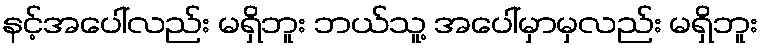
နင့်အပေါ်လည်း မရှိဘူး ဘယ်သူ့ အပေါ်မှာမှလည်း မရှိဘူး